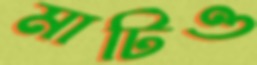
মাটিও